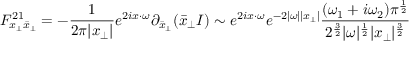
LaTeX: F _ { x _ { \perp } \bar { x } _ { \perp } } ^ { 2 1 } = - \frac { 1 } { 2 \pi | x _ { \perp } | } e ^ { 2 i x \cdot \omega } \partial _ { \bar { x } _ { \perp } } ( \bar { x } _ { \perp } I ) \sim e ^ { 2 i x \cdot \omega } e ^ { - 2 | \omega | | x _ { \perp } | } { \frac { ( \omega _ { 1 } + i \omega _ { 2 } ) \pi ^ { { \frac { 1 } { 2 } } } } { 2 ^ { { \frac { 3 } { 2 } } } | \omega | ^ { { \frac { 1 } { 2 } } } | x _ { \perp } | ^ { { \frac { 3 } { 2 } } } } }